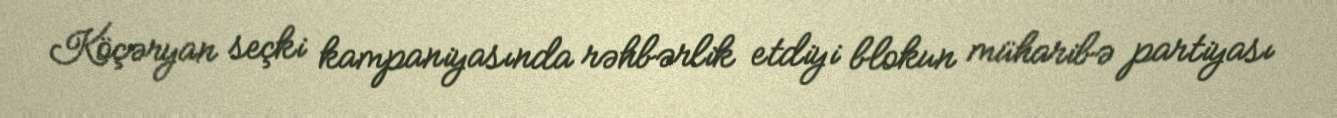
Köçəryan seçki kampaniyasında rəhbərlik etdiyi blokun müharibə partiyası